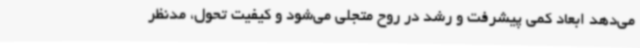
می‌دهد ابعاد کمی پیشرفت و رشد در روح متجلی می‌شود و کیفیت تحول، مدنظر